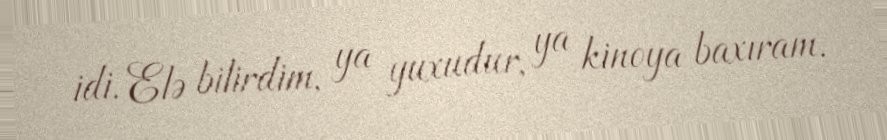
idi. Elə bilirdim, ya yuxudur, ya kinoya baxıram.